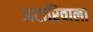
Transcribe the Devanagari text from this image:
अटारिवाला